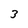
Character: 3